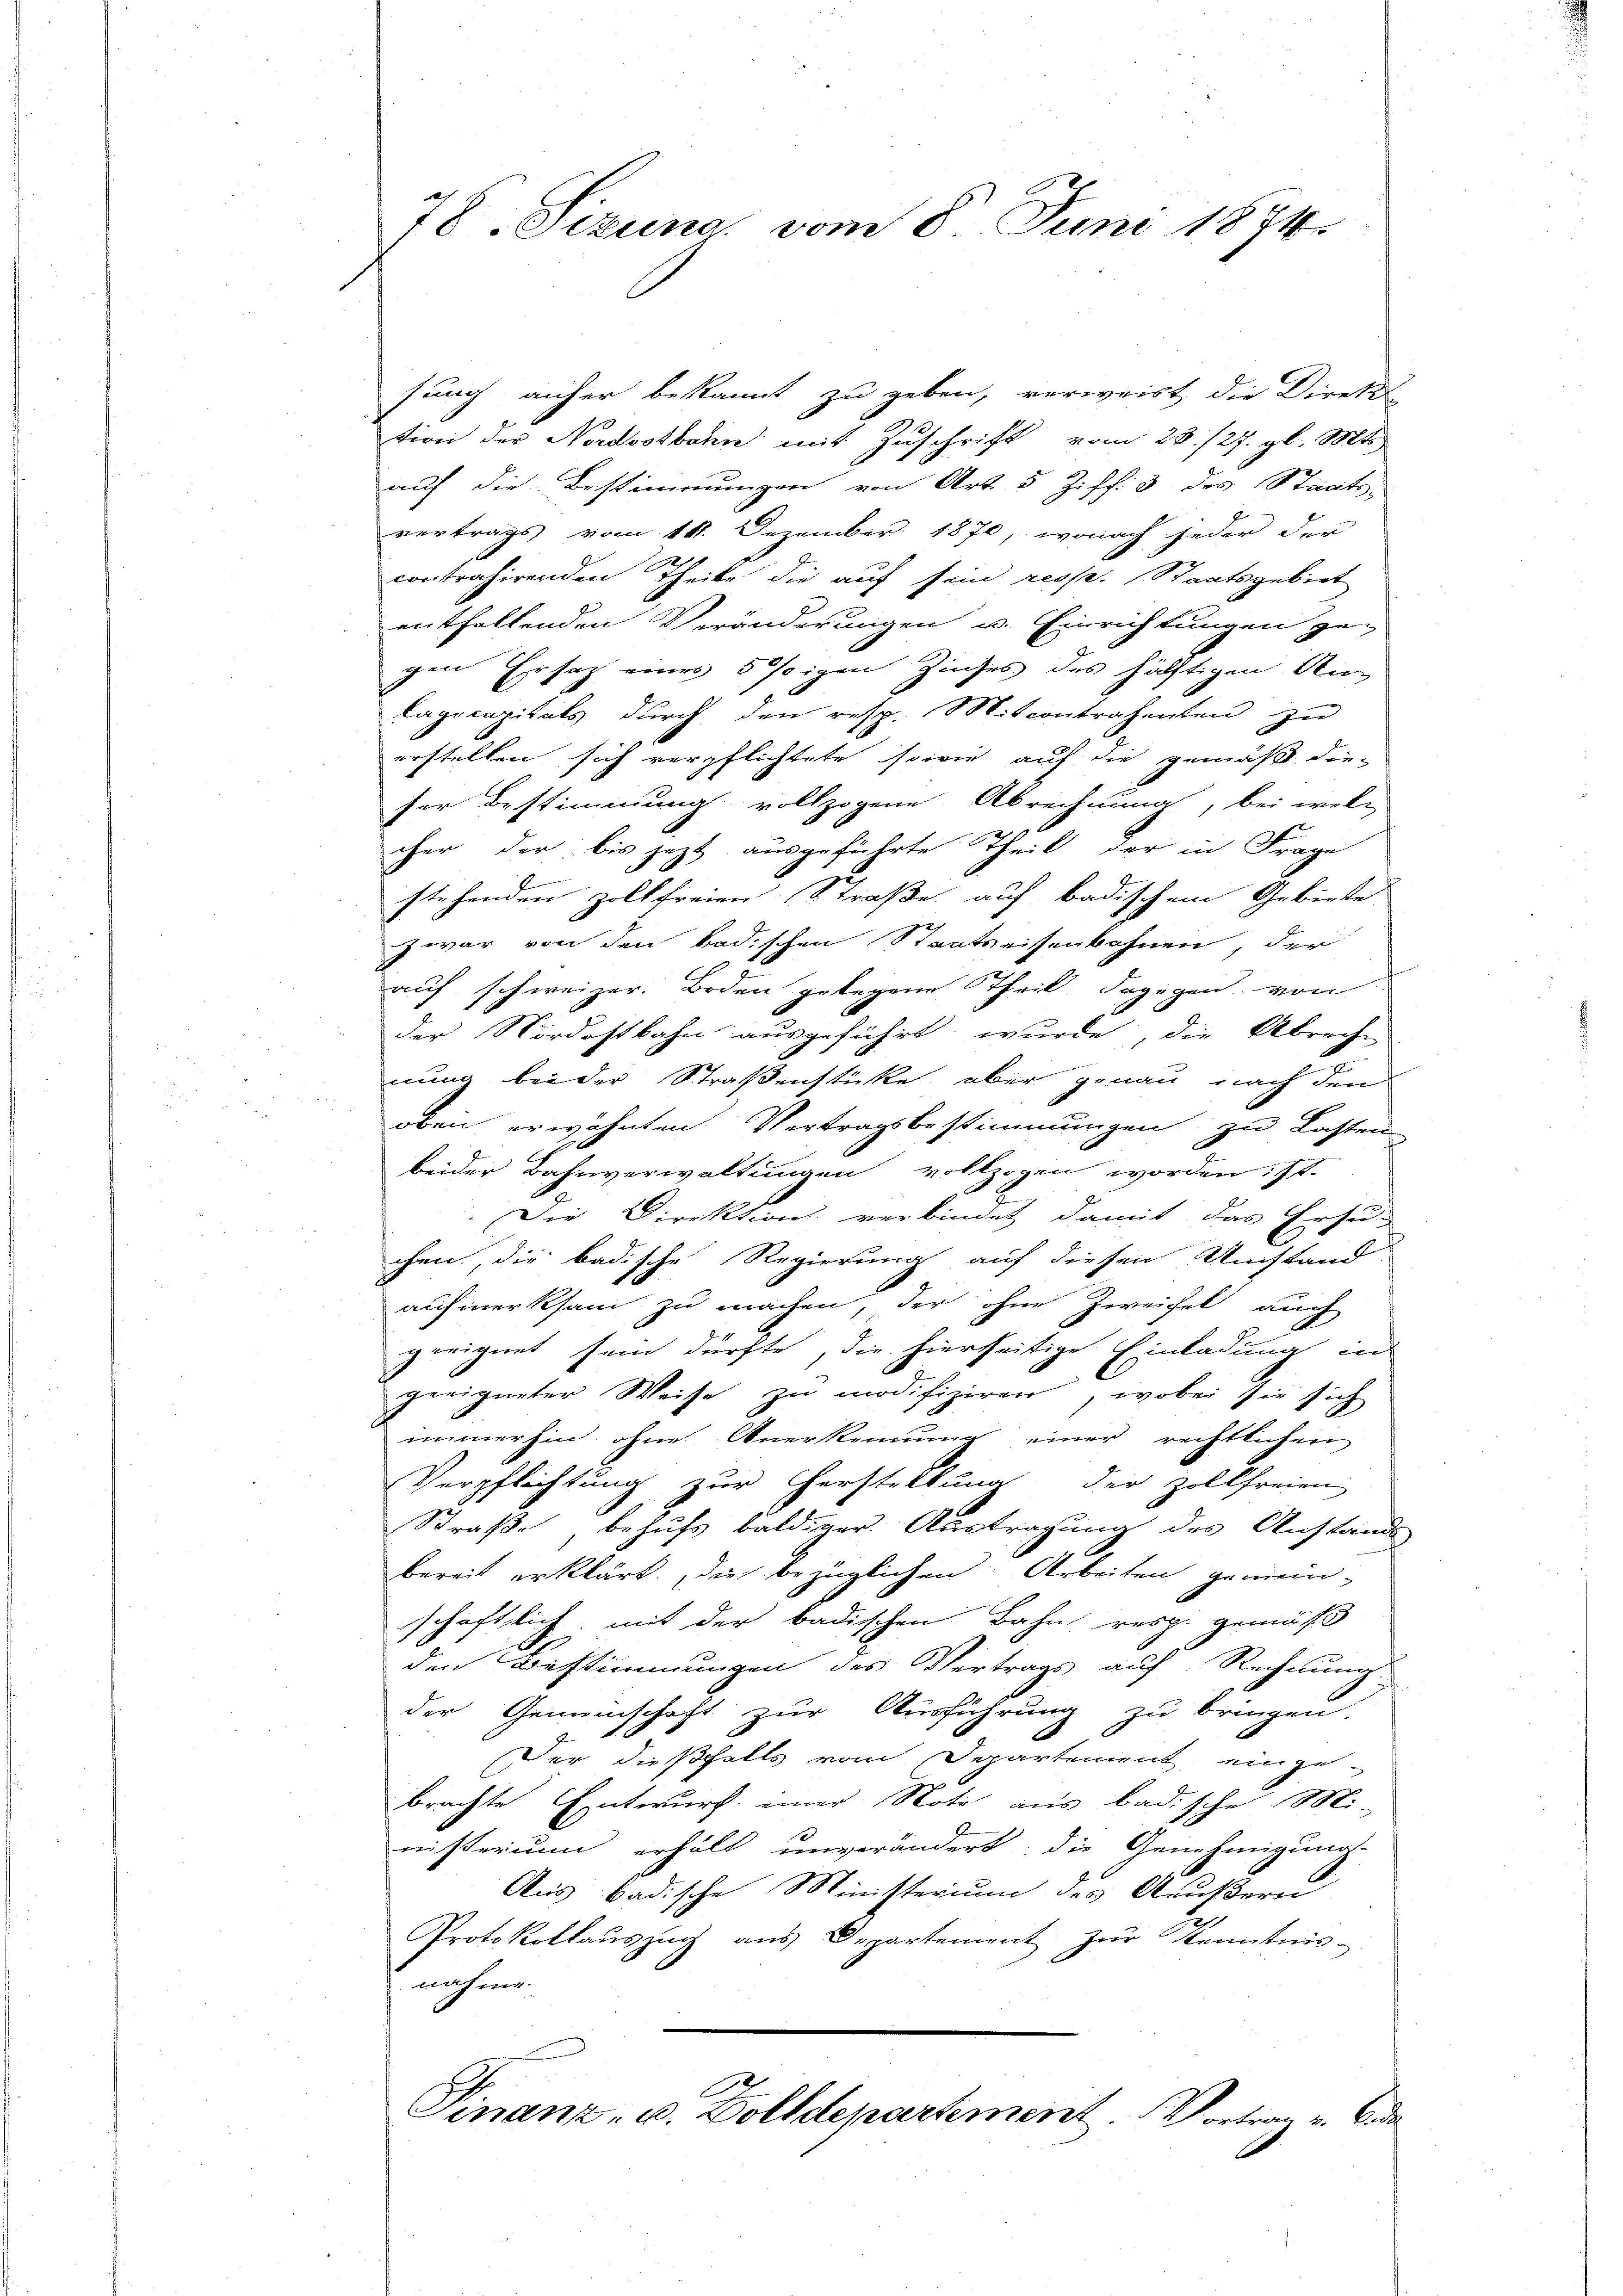
78. Sizung vom 8. Juni 1874.

sung anher bekannt zu geben, verweist die Direkt
tion der Nordostbahn mit Zuschrift vom 28./27. gl. Mts
auf die Bestimmungen von Art. 5 Ziff. 3 des Staats-
vertrags vom 11. Dezember 1870, wonach jeder der
contrahirenden Theile die auf sein resp. Staatsgebiet
entfallenden Veränderungen u. Einrichtungen zu
gen Ersatz eines östigen Ziches des hälftigen Un¬
Cagecapitals durch den resp. Mitcontrahenten zu
erstellen sich verpflichtete, sowie auf die gemäß die-
ser Bestimmung vollzogene Abrechnung, bei welc
cher der bis jetzt ausgeführte Theil der in Frage
stehenden zoltfreien Straße auf badischem Gebiete
zwar von den badischen Staatseisenbahnen, der
auf schweizer. Boden gelegene Theil. Dagegen von
der Nordostbahn ausgeführt wurde, die Abreche
nung bei der Straßenstücke aber genau nach den
oben erwähnten Vertragsbestimmungen; zu Lasten
beider Bahnverwaltungen vollzogen worden ist.
Die Direktion verbindet damit das Ersu-
chen, die badische Regierung auf diesen Umstand
aufmerksam zu machen, der ohne Zweifel auch
geeignet sein dürfte, die hierseitige Einladung in
geeigneter Weise zu modifiziren, wobei sie sich
immerhin ohne Anerkennung einer rechtlichen
Verpflichtung zur Cherstellung der Zollfreien
Straße behufs baldiger Austragung des Anstands
bereit erklärt, die bezüglichen Arbeiten gemein
schaftlich, mit der badischen Bahn resp. gemäß
den Bestimmungen des Vertrags auf Rechnung
der Gemeinschaft zur Ausführung zu bringen,
.
Der dießfalls vom Departement eingebrachte Entwurf einer Note aus badische 1888.
nisterium erhält unverändert, die Genehmigung
Aus badische Ministerium des Aeußern
Protokollaŭszŭg aŭs Departement zŭr Kenntnis-
nahme.
Finanz- u. Dolldepartement. Vortrau v. Ende